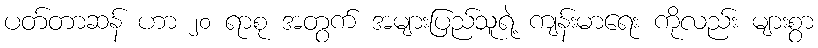
ပတ်တာဆန် ဟာ ၂၀ ရာစု အတွက် အများပြည်သူရဲ့ ကျန်းမာရေး ကိုလည်း များစွာ